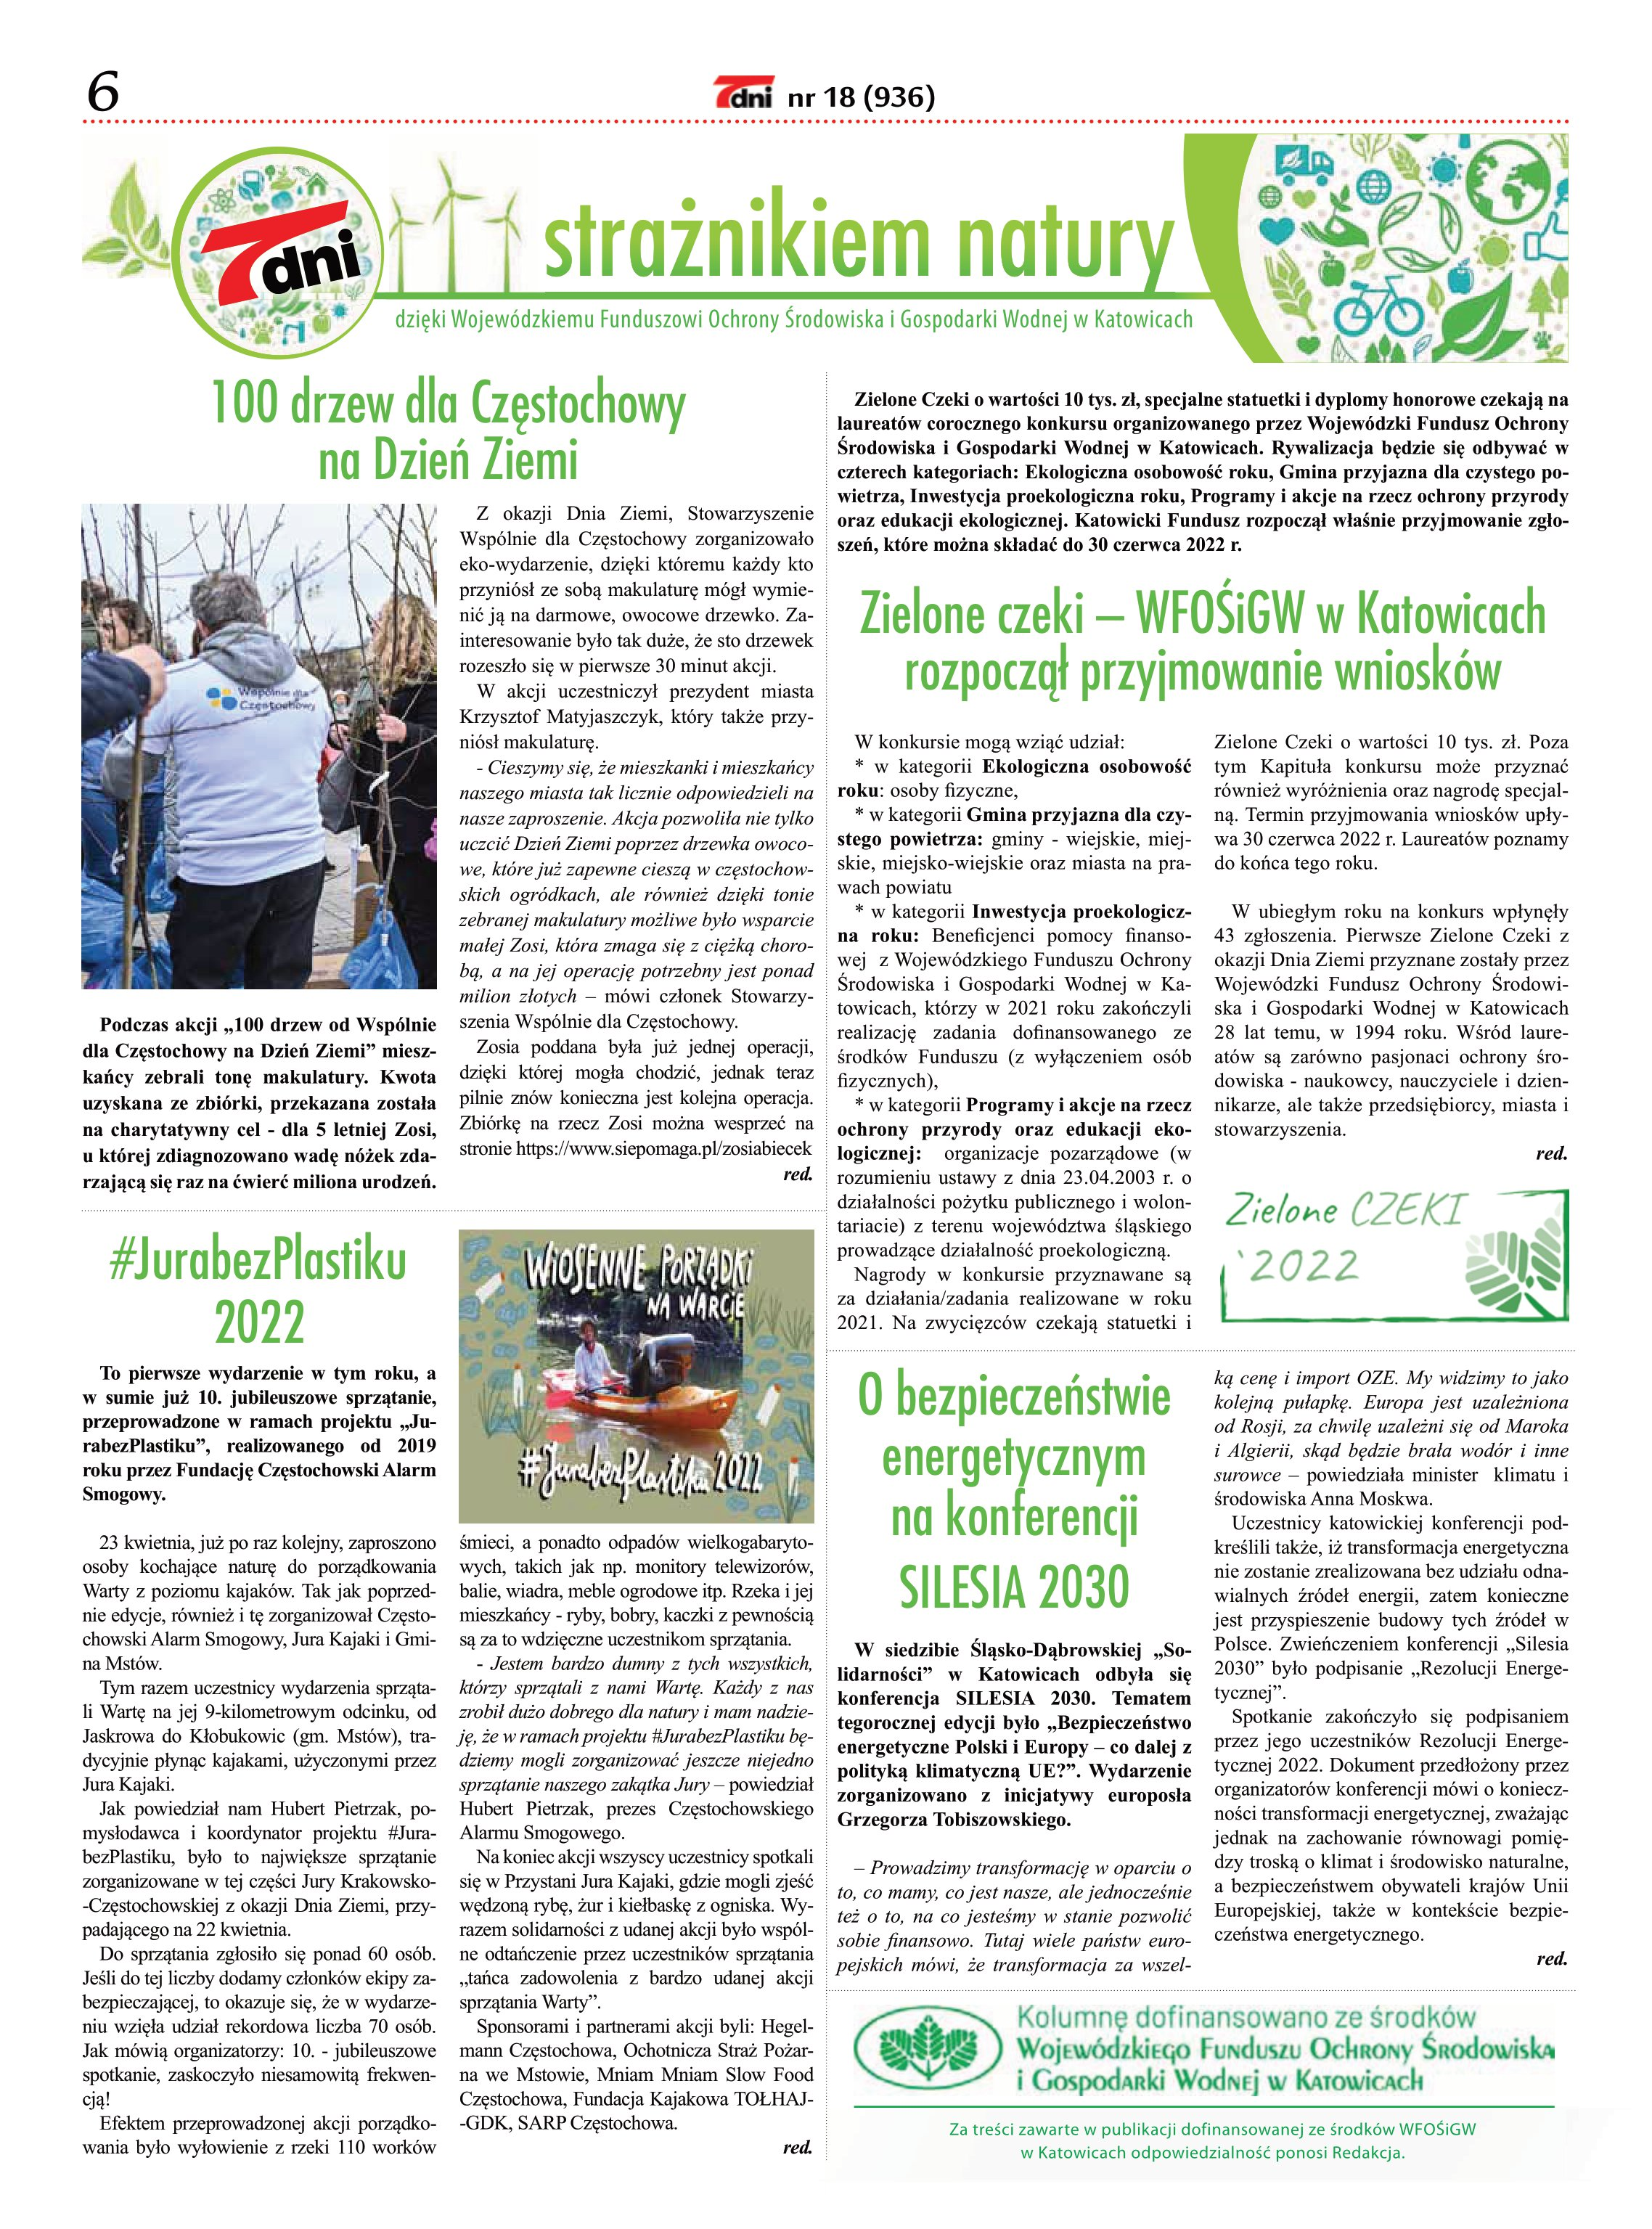
Language: pl